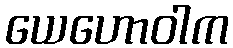
ယေဟောဝါက